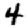
Digit: 4